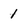
Character: 1